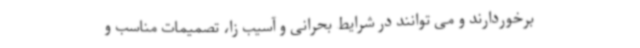
برخوردارند و می توانند در شرایط بحرانی و آسیب زا، تصمیمات مناسب و